Investigations on Bengal jail dietaries - Number 37
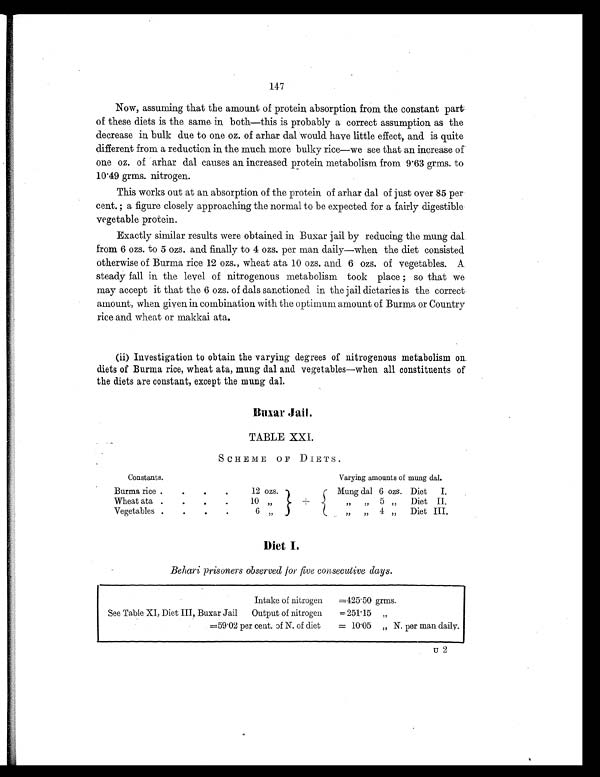
147
Now, assuming that the amount of protein absorption from the constant part
of these diets is the same in both—this is probably a correct assumption as the
decrease in bulk due to one oz. of arhar dal would have little effect, and is quite
different from a reduction in the much more bulky rice—we see that an increase of
one oz. of arhar dal causes an increased protein metabolism from 9.63 grms. to
10.49 grms. nitrogen.
This works out at an absorption of the protein of arhar dal of just over 85 per
cent. ; a figure closely approaching the normal to be expected for a fairly digestible
vegetable protein.
Exactly similar results were obtained in Buxar jail by reducing the mung dal
from 6 ozs. to 5 ozs. and finally to 4 ozs. per man daily—when the diet consisted
otherwise of Burma rice 12 ozs., wheat ata 10 ozs. and 6 ozs. of vegetables. A
steady fall in the level of nitrogenous metabolism took place ; so that we
may accept it that the 6 ozs. of dals sanctioned in the jail dietaries is the correct
amount, when given in combination with the optimum amount of Burma or Country
rice and wheat or makkai ata.
(ii) Investigation to obtain the varying degrees of nitrogenous metabolism on
diets of Burma rice, wheat ata, mung dal and vegetables—when all constituents of
the diets are constant, except the mung dal.
Buxar Jail.
TABLE XXI.
SCHEME OF DIETS.
Constants.
Varying amounts of mung dal.
Burma rice .
.
.
.
12 ozs.
+
Mung dal 6 ozs. Diet
I.
Wheat ata .
.
.
.
10 „
„
„
5 „
Diet II.
Vegetables .
.
.
.
6 „
„
„ 4 „
Diet III.
Diet I.
Behari prisoners observed for five consecutive days.
Intake of nitrogen
=425.50 grms.
See Table XI, Diet III, Buxar Jail
Output of nitrogen
=251.15
„
=59.02 per cent. of N. of diet
= 10.05 „ N. per man daily.
U 2